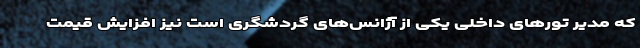
که مدیر تورهای داخلی یکی از آژانس‌های گردشگری است نیز افزایش قیمت